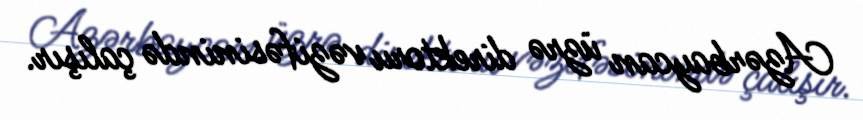
Azərbaycan üzrə direktoru vəzifəsinində çalışır.